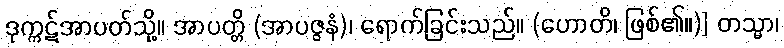
ဒုက္ကဋ်အာပတ်သို့။ အာပတ္တိ (အာပဇ္ဇနံ)၊ ရောက်ခြင်းသည်။ (ဟောတိ၊ ဖြစ်၏။)] တသ္မာ၊